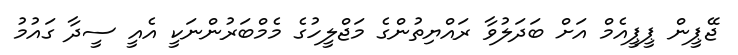
ޖޭޕީން ޕީޕީއެމް އަށް ބަދަލުވާ ރައްޔިތުންގެ މަޖްލީހުގެ މެމްބަރުންނަކީ އެއީ ސީދާ ގައުމު